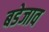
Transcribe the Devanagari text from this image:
बडेजाव